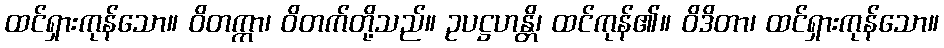
ထင်ရှားကုန်သော။ ဝိတက္ကာ၊ ဝိတက်တို့သည်။ ဥပဋ္ဌဟန္တိ၊ ထင်ကုန်၏။ ဝိဒိတာ၊ ထင်ရှားကုန်သော။